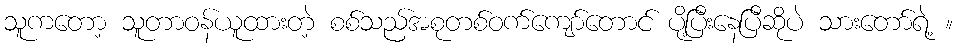
သူကတော့ သူတာဝန်ယူထားတဲ့ စစ်သည်အစုတစ်ဝက်ကျော်တောင် ပို့ပြီးနေပြီဆိုပဲ သားတော်ရဲ့ ။